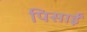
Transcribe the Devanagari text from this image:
पिसाईं